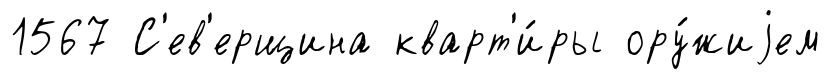
1567 С'ев'ерщина кварт'и́ры ору́жиjем